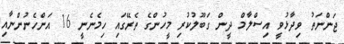
ޖަންނަތު ވިދާޅުވީ އިސްލާމް ދީން ގަބޫލުކުރި މީހުންގެ ތެރޭގައި ހިމެނެނީ 16 އަންހެނުންނާއި